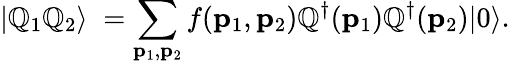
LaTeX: |\mathbb{Q}_{1}\mathbb{Q}_{2}\rangle\; =\sum_{{\mathbf{p}_{1}},{\mathbf{p}_{2}}}f({\mathbf{p}_{1}},{\mathbf{p}_{2}})\mathbb{Q}^{\dagger}({\mathbf{p}_{1}})\mathbb{Q}^{\dagger}({\mathbf{p}_{2}})|0\rangle.